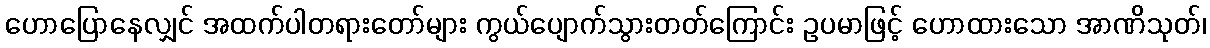
ဟောပြောနေလျှင် အထက်ပါတရားတော်များ ကွယ်ပျောက်သွားတတ်ကြောင်း ဥပမာဖြင့် ဟောထားသော အာဏိသုတ်၊